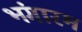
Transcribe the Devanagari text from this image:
भंगारम